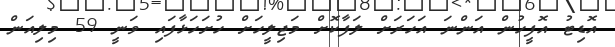
އޮޑިޓު އޮފީހުން އަންނަ އަހަރަށް ލަފާކޮށް މަޖިލީހަށް ހުށަހަޅާފައި ވަނީ 59 މިލިއަން